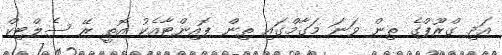
އަދި ގްރޫޕްގެ ތިން ވަނަ މަގާމްގައި ތިން ޕޮއިންޓާއެކު އޮތީ ރޭ ސެލްޓިކް